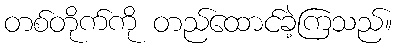
တစ်တိုက်ကို တည်ထောင်ခဲ့ကြသည်။